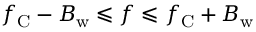
f _ { \mathrm { C } } - B _ { \mathrm { w } } \leqslant f \leqslant f _ { \mathrm { C } } + B _ { \mathrm { w } }